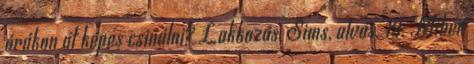
órákon át képes csinálni? Lakkozás, Sims, alvás. 19. Miben